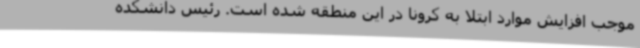
موجب افزایش موارد ابتلا به کرونا در این منطقه شده است. رئیس دانشکده